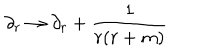
\partial _ { r } \rightarrow \partial _ { r } + \frac { 1 } { r ( r + m ) }